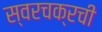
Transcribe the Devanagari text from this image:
स्वरचक्रची